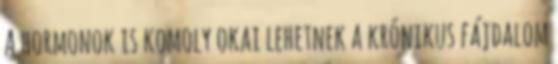
A hormonok is komoly okai lehetnek a krónikus fájdalom